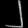
Digit: ၂